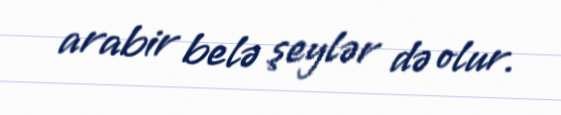
arabir belə şeylər də olur.